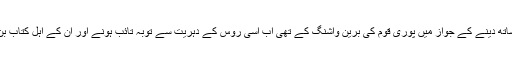
کیا یہ تصور بھی کیا جا سکتا تھا کہ دہریے روس کے مقابلے کے لئے ہم نے ”اہل کتاب“ امریکہ کا ساتھ دینے کے جواز میں پوری قوم کی برین واشنگ کے تھی اب اسی روس کے دہریت سے توبہ تائب ہونے اور ان کے اہل کتاب بن جانے کی نوید ہمیں اوریا مقبول جان جیسی ذہنیت رکھنے والے لوگوں کے زبانی سننے کو ملے گی؟